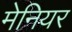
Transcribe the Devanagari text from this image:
मेनियर